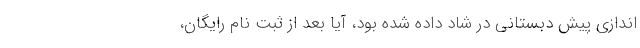
اندازی پیش دبستانی در شاد داده شده بود، آیا بعد از ثبت نام رایگان،